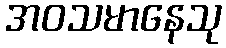
အဝသမာနေသု